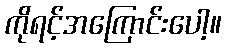
ကိုရင့်အကြောင်းပေါ့။